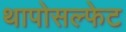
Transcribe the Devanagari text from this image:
थापोसल्फेट